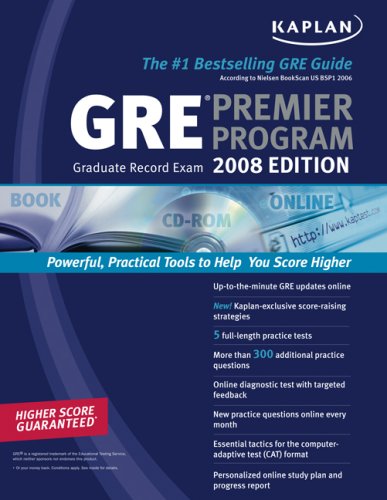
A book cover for Kaplan GRE Exam 2008 Premier Program; Kaplan; Test Preparation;